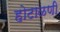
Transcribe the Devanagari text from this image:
होटाळणी